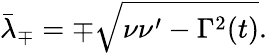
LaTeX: \bar{\lambda}_{\mp}=\mp\sqrt{\nu\nu^{\prime}-\Gamma^{2}(t)}.